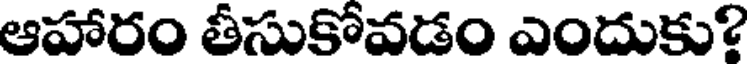
ఆహారం తీసుకోవడం ఎందుకు?